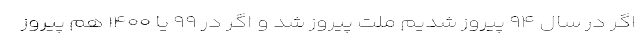
اگر در سال ۹۴ پیروز شدیم ملت پیروز شد و اگر در ۹۹ یا ۱۴۰۰ هم پیروز